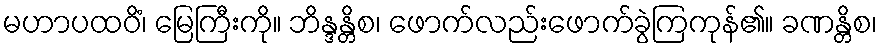
မဟာပထဝိံ၊ မြေကြီးကို။ ဘိန္ဒန္တိစ၊ ဖောက်လည်းဖောက်ခွဲကြကုန်၏။ ခဏန္တိစ၊